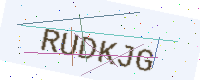
Text: RUDKJG